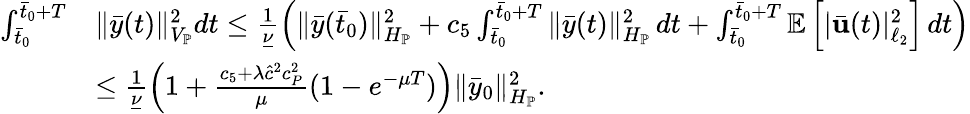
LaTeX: \begin{array}{rl}{\int_{\bar{t}_{0}}^{\bar{t}_{0}+T}}&{\| \bar{y}(t)\| _{V_{\mathbb{P}}}^{2}dt\leq\frac{1}{\underline{{\nu}}}\left(\| \bar{y}(\bar{t}_{0})\| _{H_{\mathbb{P}}}^{2}+c_{5}\int_{\bar{t}_{0}}^{\bar{t}_{0}+T}\| \bar{y}(t)\| _{H_{\mathbb{P}}}^{2}\, dt+\int_{\bar{t}_{0}}^{\bar{t}_{0}+T}\mathbb{E}\left[|\bar{\mathbf{u}}(t)|_{\ell_{2}}^{2}\right]\, dt\right)}\\ &{\leq\frac{1}{\underline{{\nu}}}\left(1+\frac{c_{5}+\lambda\hat{c}^{2}c_{P}^{2}}{\mu}(1-e^{-\mu T})\right)\| \bar{y}_{0}\| _{H_{\mathbb{P}}}^{2}.}\end{array}